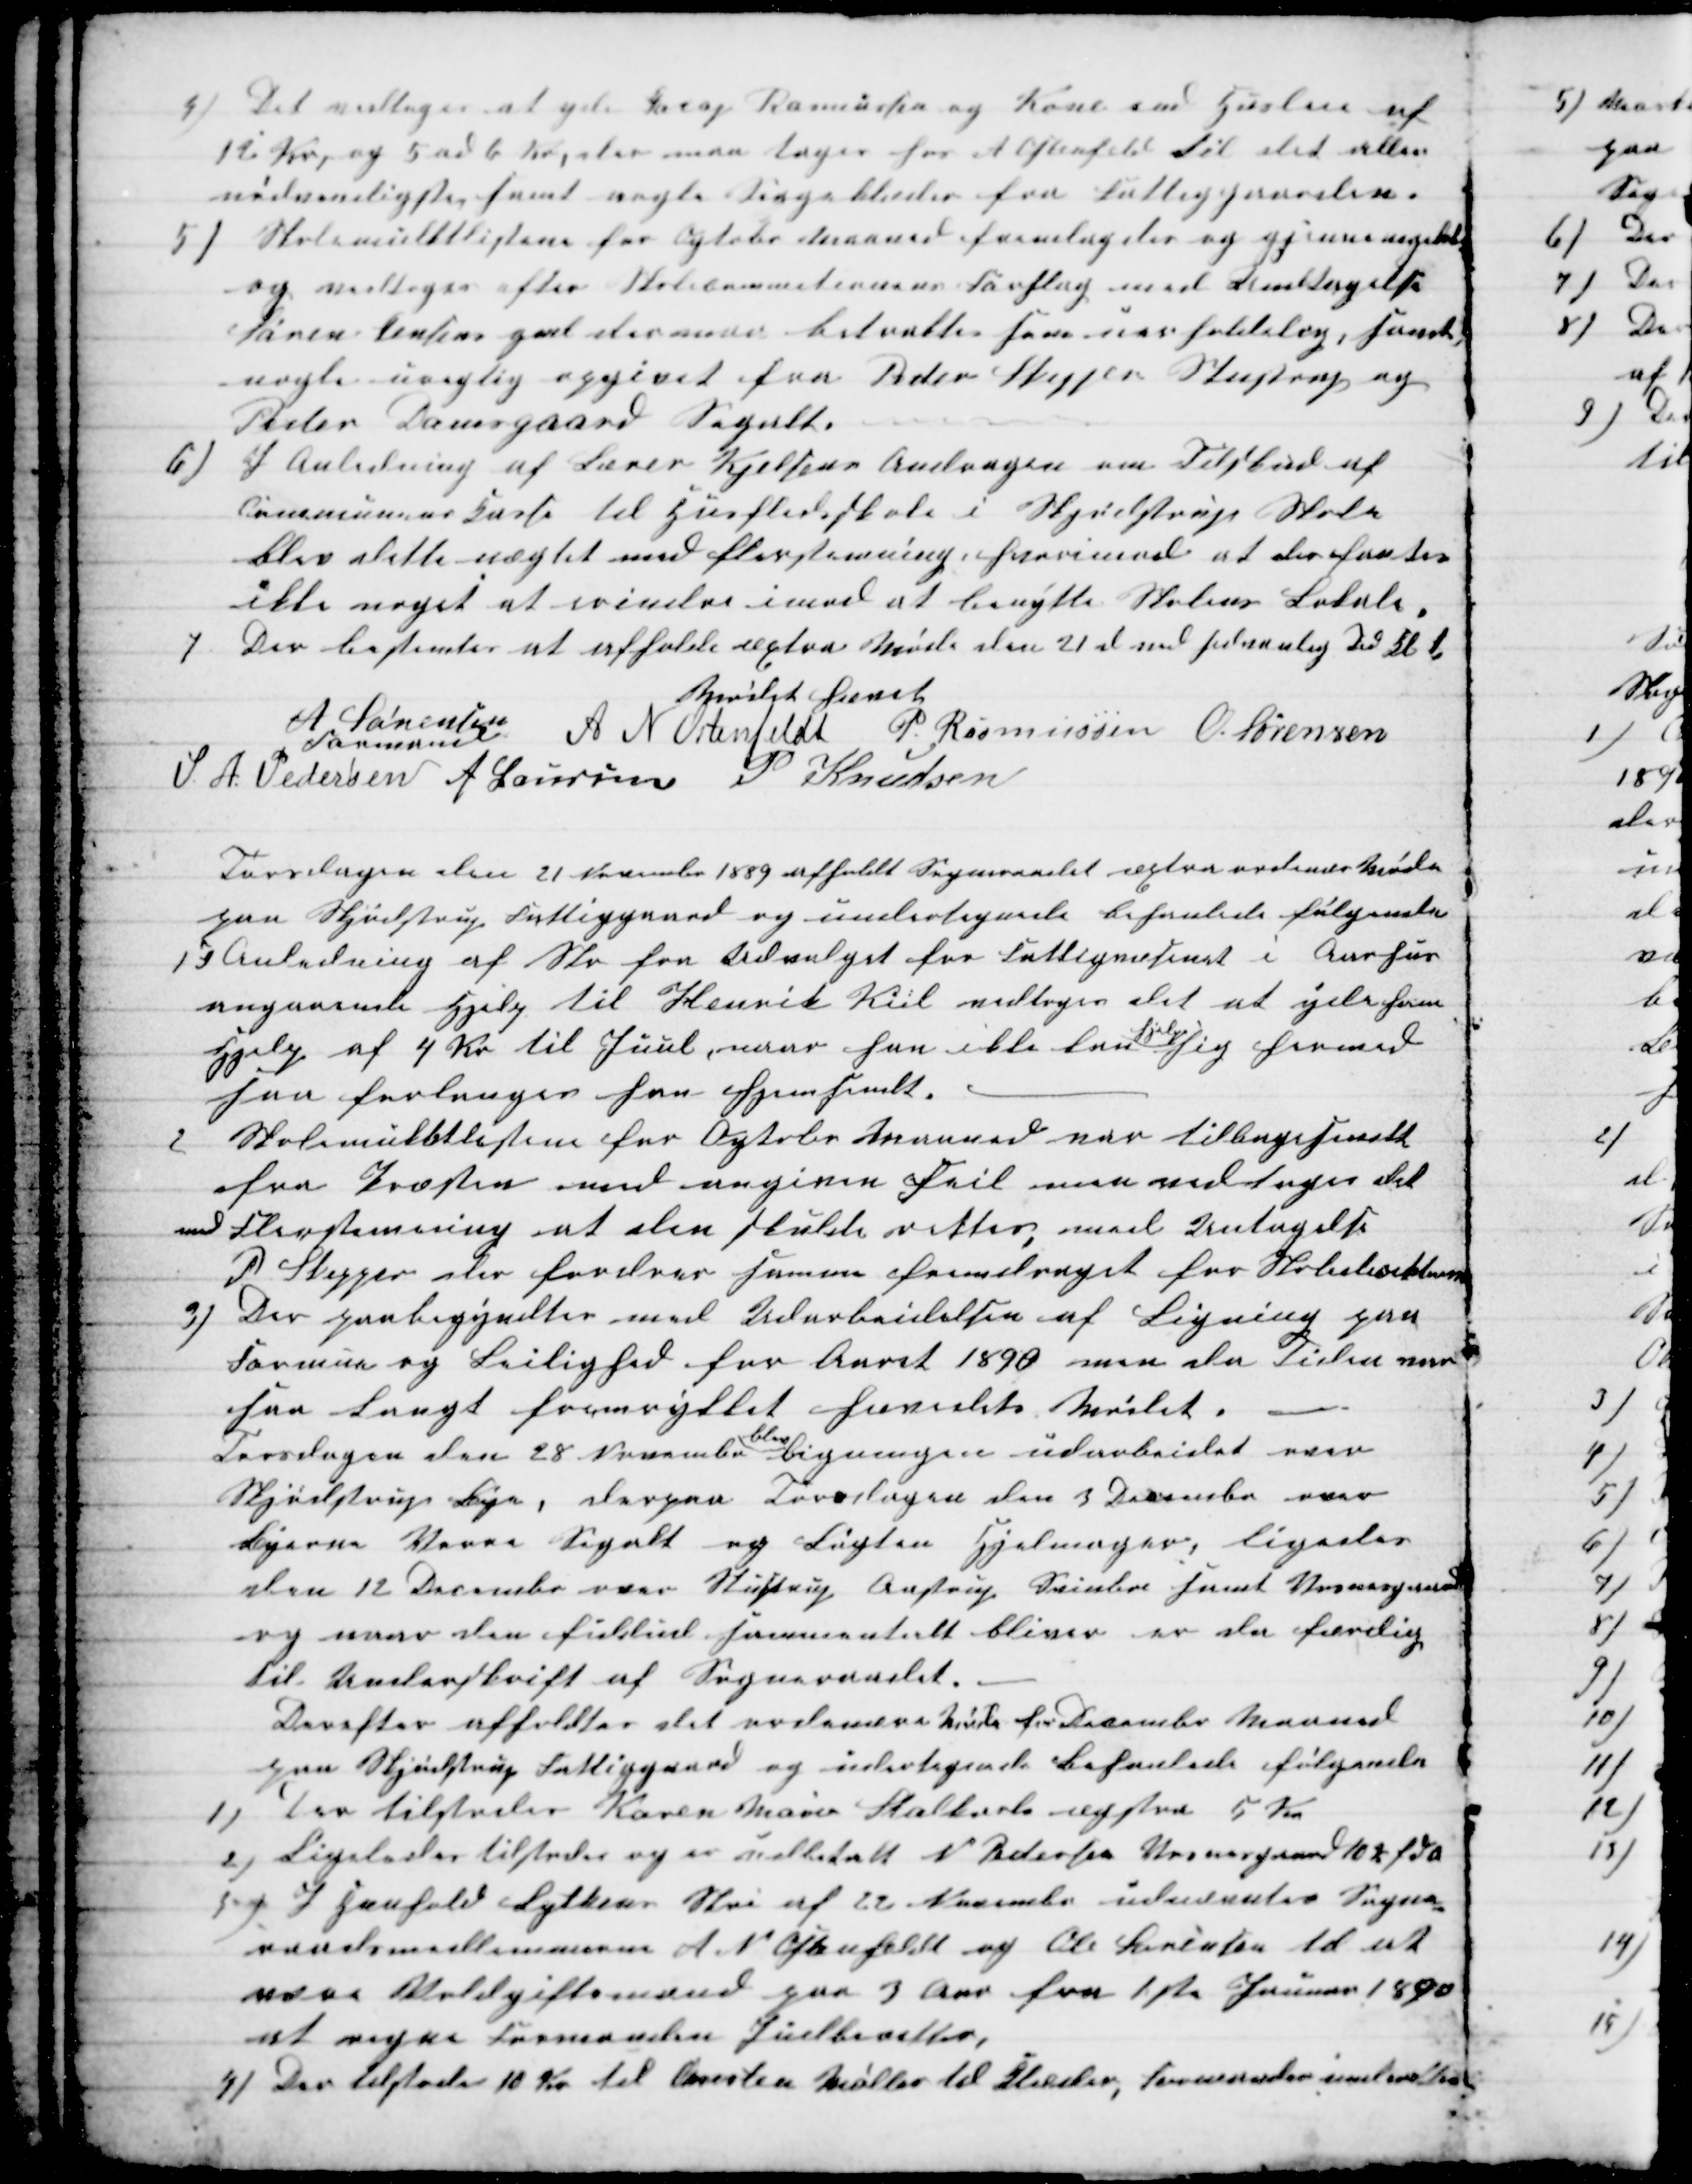
Transskription:
4) Det vedtoges at yde Jacop Rasmussen og Kone end Husleie af
12 Kr, og 5 ad 6 Kr, der maa tages hos A Ostenfeld til det aller
nødvendigste samt nogle Sengeklæder fra Fattiggaarden.
5)
Skolemulktlistene for Ogtobr Maaned fremlagdes og gjennemgikkes
og vedtoges efter Skolecommitionens Forslag med Undtagelse
Søren Jensens part der maa betraktes som uerholdelig, samt
nogle urigtig opgivet fra Peder Skipper Stustrup og
Peder Damsgaard Segalt.
6)
I Anledning af Lærer Kjelsens Andragen om Tilskud af
Communens Kasse til Husflidsskole i Skjødstrup Skole
blev dette nægtet med flerstemning hvorimod at der fantes
ikke noget at erindre imod at benytte Skolens Lokale.
7
Der bestemtes at afholde æxtra Møde den 21 d ved sedvanlig Tid Kl 1
Mødet hævet
A Sørensen 
Formand
A N Obenfeldt P. Rasmussen O. Sørensen
S. A. Pedersen A Laursen P Knudsen
Torsdagen den 21 November 1889 afholdt Sogneraadet æxtra ordinær Møde
paa Skjødstrup Fattiggaard og undertegnede behanlede følgende
1 I Anledning af Skr fra Udvalget for Fattigvæsenet i Aarhus
angaaende Hjelp til Henrik Kiil vedtoges det at yde ham
Hjelp af 4 Kr til Juul, naar han ikke kan 
hjelpe
sig hermed
saa forlanges han hjemsendt.
2
Skolemulktlisten for Ogtobr Maaned var tilbagesendt
fra Præsten med angiven Feil men vedtoges det
med Flerstemming at den skulde rettes, med Untagelse
P Skipper der fordrer samme fremdraget for Skoledirektionen
3) Der paabegyndtes med Udarbeidelsen af Ligning paa
Formue og Leilighed for Aaret 1890 men da Tiden var
saa langt fremrykket hævedets Mødet.
Torsdagen den 28 November 
blev
Ligningen udarbeidet over
Skjødstrup Bye, derpaa Torsdagen den 3 December over
Byerne Vorre Segalt og Løgten Hjemager, ligeledes
den 12 December over Stustrup Aastrup Svinboe samt Vosnesgaard
og naar den fuldud sammentalt bliver er da færdig
til Underskrift af Sogneraadet.
Derefter afholdtes det ordinære Møde for December Maaned
paa Skjødstrup Fattiggaard og undertegnede behanlede følgende
1)
Der tilstodes Karen Marie Stalkarls æxstra 5 Kr
2)
Ligeledes tilstodes og er udbetalt N Pedersen Vosnesgaard 10 Kr f d a 
3) I Henhold Lytkens Skri af 22 November udnævntes Sogne-
raadsmedlemmerne A N Ostenfeldt og Ole Sørensen til at
være Voldgiftsmænd paa 3 Aar fra 1ste Januar 1890
at regne Formanden Indberetter,
4) Der tilstodes 10 Kr til Chresten Møller til Klæder, Formanden underetter